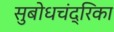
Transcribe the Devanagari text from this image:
सुबोधचंद्रिका